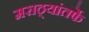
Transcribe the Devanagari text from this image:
मराठ्यांतर्फे